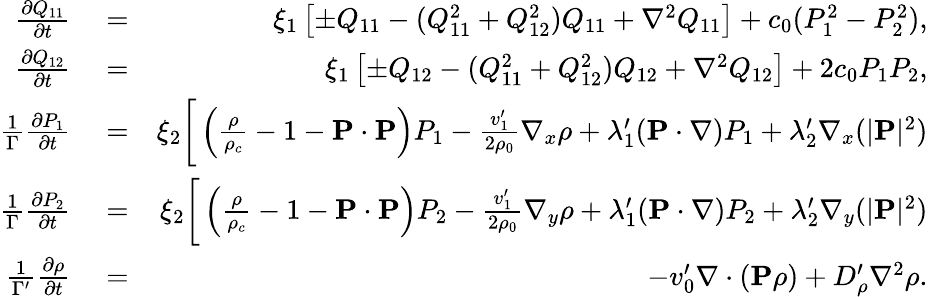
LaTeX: \begin{array}{rlr}{\frac{\partial Q_{11}}{\partial t}}&{{}=}&{\xi_{1}\left[\pm Q_{11}-(Q_{11}^{2}+Q_{12}^{2})Q_{11}+\nabla^{2}Q_{11}\right]+c_{0}(P_{1}^{2}-P_{2}^{2}),}\\ {\frac{\partial Q_{12}}{\partial t}}&{{}=}&{\xi_{1}\left[\pm Q_{12}-(Q_{11}^{2}+Q_{12}^{2})Q_{12}+\nabla^{2}Q_{12}\right]+2c_{0}P_{1}P_{2},}\\ {\frac{1}{\Gamma}\frac{\partial P_{1}}{\partial t}}&{{}=}&{\xi_{2}\bigg[\left(\frac{\rho}{\rho_{c}}-1-{\mathbf P}\cdot{\mathbf P}\right)P_{1}-\frac{v_{1}^{\prime}}{2\rho_{0}}\nabla_{x}\rho+\lambda_{1}^{\prime}({\mathbf P}\cdot\nabla)P_{1}+\lambda_{2}^{\prime}\nabla_{x}(|{\mathbf P}|^{2})}\\ {\frac{1}{\Gamma}\frac{\partial P_{2}}{\partial t}}&{{}=}&{\xi_{2}\bigg[\left(\frac{\rho}{\rho_{c}}-1-{\mathbf P}\cdot{\mathbf P}\right)P_{2}-\frac{v_{1}^{\prime}}{2\rho_{0}}\nabla_{y}\rho+\lambda_{1}^{\prime}({\mathbf P}\cdot\nabla)P_{2}+\lambda_{2}^{\prime}\nabla_{y}(|{\mathbf P}|^{2})}\\ {\frac{1}{\Gamma^{\prime}}\frac{\partial\rho}{\partial t}}&{{}=}&{-v_{0}^{\prime}\nabla\cdot({\mathbf P}\rho)+D_{\rho}^{\prime}\nabla^{2}\rho.}\end{array}